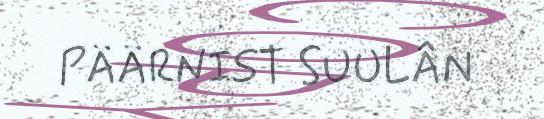
PÄÄRNIST SUULÂN